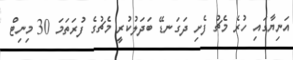
އަނިޔާގައި ހުރެ މެޗު ފެށި ދަގަނޑޭ ބަދަލުކުރީ މެޗުގެ ފުރަތަމަ 30 މިނިޓް